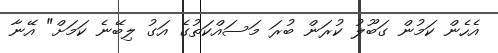
އެހެން ކަމުން ގަބޫލު ކުރަން ބުރަ މަސައްކަތުގެ އަގު ލިބޭނެ ކަމަށް" އޭނާ